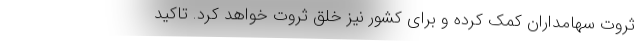
ثروت سهامداران کمک کرده و برای کشور نیز خلق ثروت خواهد کرد. تاکید